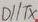
Text: D1/TX